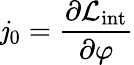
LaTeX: \mathit{j}_{0}={\frac{{\partial{\mathcal{{L}}}_{\mathrm{{int}}}}}{{\partial\varphi}}}